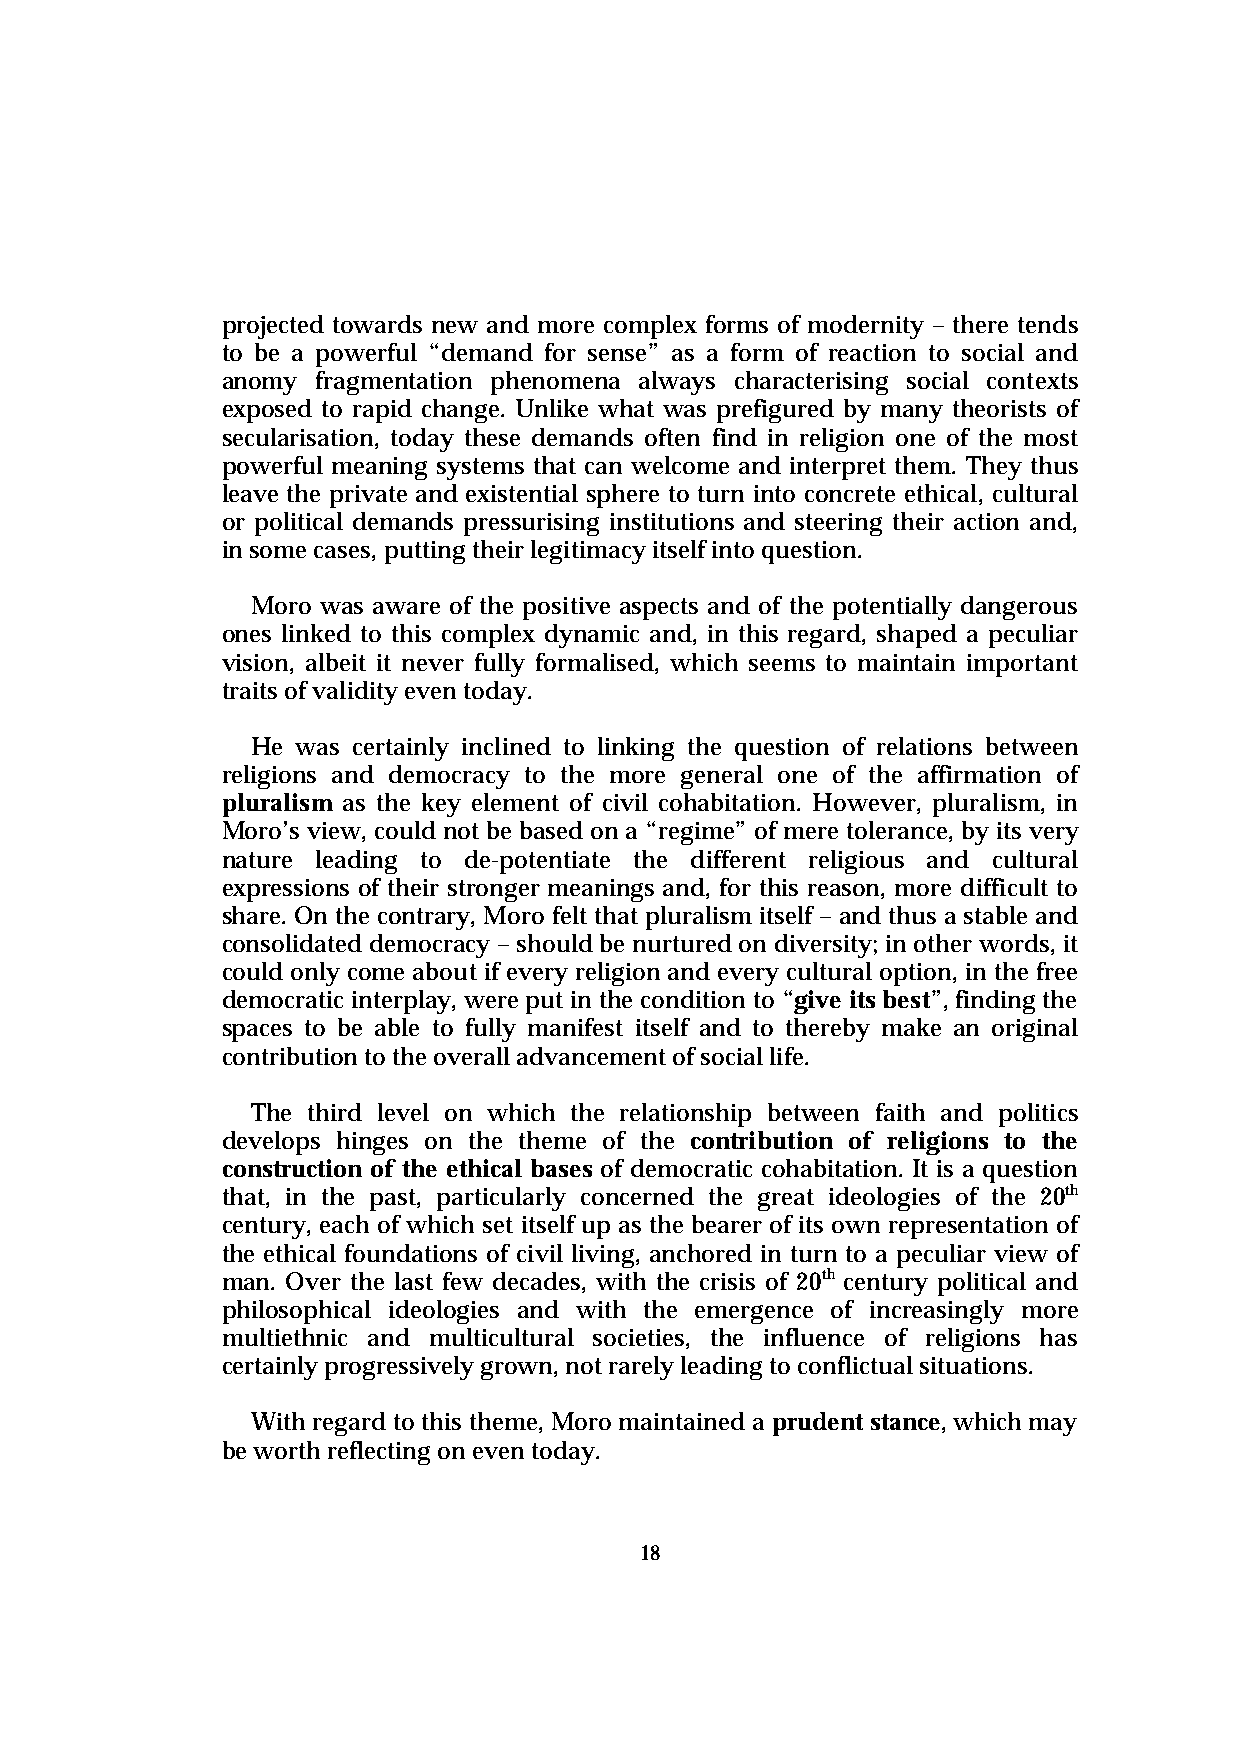
projected towards new and more complex forms of modernity – there tends
 to be a powerful “demand for sense” as a form of reaction to social and
 anomy fragmentation phenomena always characterising social contexts
 exposed to rapid change. Unlike what was prefigured by many theorists of
 secularisation, today these demands often find in religion one of the most
 powerful meaning systems that can welcome and interpret them. They thus
 leave the private and existential sphere to turn into concrete ethical, cultural
 or political demands pressurising institutions and steering their action and,
 in some cases, putting their legitimacy itself into question.
 Moro was aware of the positive aspects and of the potentially dangerous
 ones linked to this complex dynamic and, in this regard, shaped a peculiar
 vision, albeit it never fully formalised, which seems to maintain important
 traits of validity even today.
 He was certainly inclined to linking the question of relations between
 religions and democracy to the more general one of the affirmation of
 pluralism as the key element of civil cohabitation. However, pluralism, in
 Moro’s view, could not be based on a “regime” of mere tolerance, by its very
 nature leading to de-potentiate the different religious and cultural
 expressions of their stronger meanings and, for this reason, more difficult to
 share. On the contrary, Moro felt that pluralism itself – and thus a stable and
 consolidated democracy – should be nurtured on diversity; in other words, it
 could only come about if every religion and every cultural option, in the free
 democratic interplay, were put in the condition to “give its best”, finding the
 spaces to be able to fully manifest itself and to thereby make an original
 contribution to the overall advancement of social life.
 The third level on which the relationship between faith and politics
 develops hinges on the theme of the contribution of religions to the
 construction of the ethical bases of democratic cohabitation. It is a question
 that, in the past, particularly concerned the great ideologies of the 20th
 century, each of which set itself up as the bearer of its own representation of
 the ethical foundations of civil living, anchored in turn to a peculiar view of
 man. Over the last few decades, with the crisis of 20th century political and
 philosophical ideologies and with the emergence of increasingly more
 multiethnic and multicultural societies, the influence of religions has
 certainly progressively grown, not rarely leading to conflictual situations.
 With regard to this theme, Moro maintained a prudent stance, which may
 be worth reflecting on even today.
 18